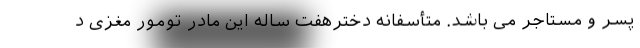
پسر و مستاجر می باشد. متأسفانه دخترهفت ساله این مادر تومور مغزی د